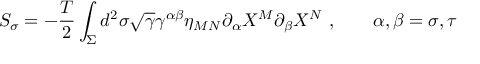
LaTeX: { \cal S } _ { \sigma } = - \frac { { \cal T } } { 2 } \int _ { \Sigma } d ^ { 2 } \sigma \sqrt { \gamma } \gamma ^ { \alpha \beta } \eta _ { M N } \partial _ { \alpha } X ^ { M } \partial _ { \beta } X ^ { N } ~ , \qquad \alpha , \beta = \sigma , \tau